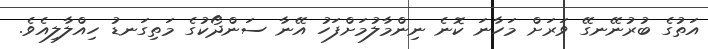
އަތުގެ ބުރުނޭނގޭ ވަރަށް މަހާނަ ކޮނެ ނިންމާލުމަށްފަހު އޭނާ ސަންދޯކުގެ މަތިގަނޑު ހިއްލާލިއެވެ.